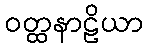
ဝတ္ထနာဠိယာ